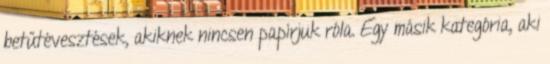
betűtévesztések, akiknek nincsen papírjuk róla. Egy másik kategória, aki